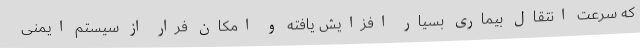
که سرعت انتقال بیماری بسیار افزایش یافته و امکان فرار از سیستم ایمنی